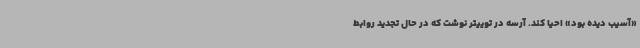
«آسیب دیده بود» احیا کند. آرسه در توییتر نوشت که در حال تجدید روابط